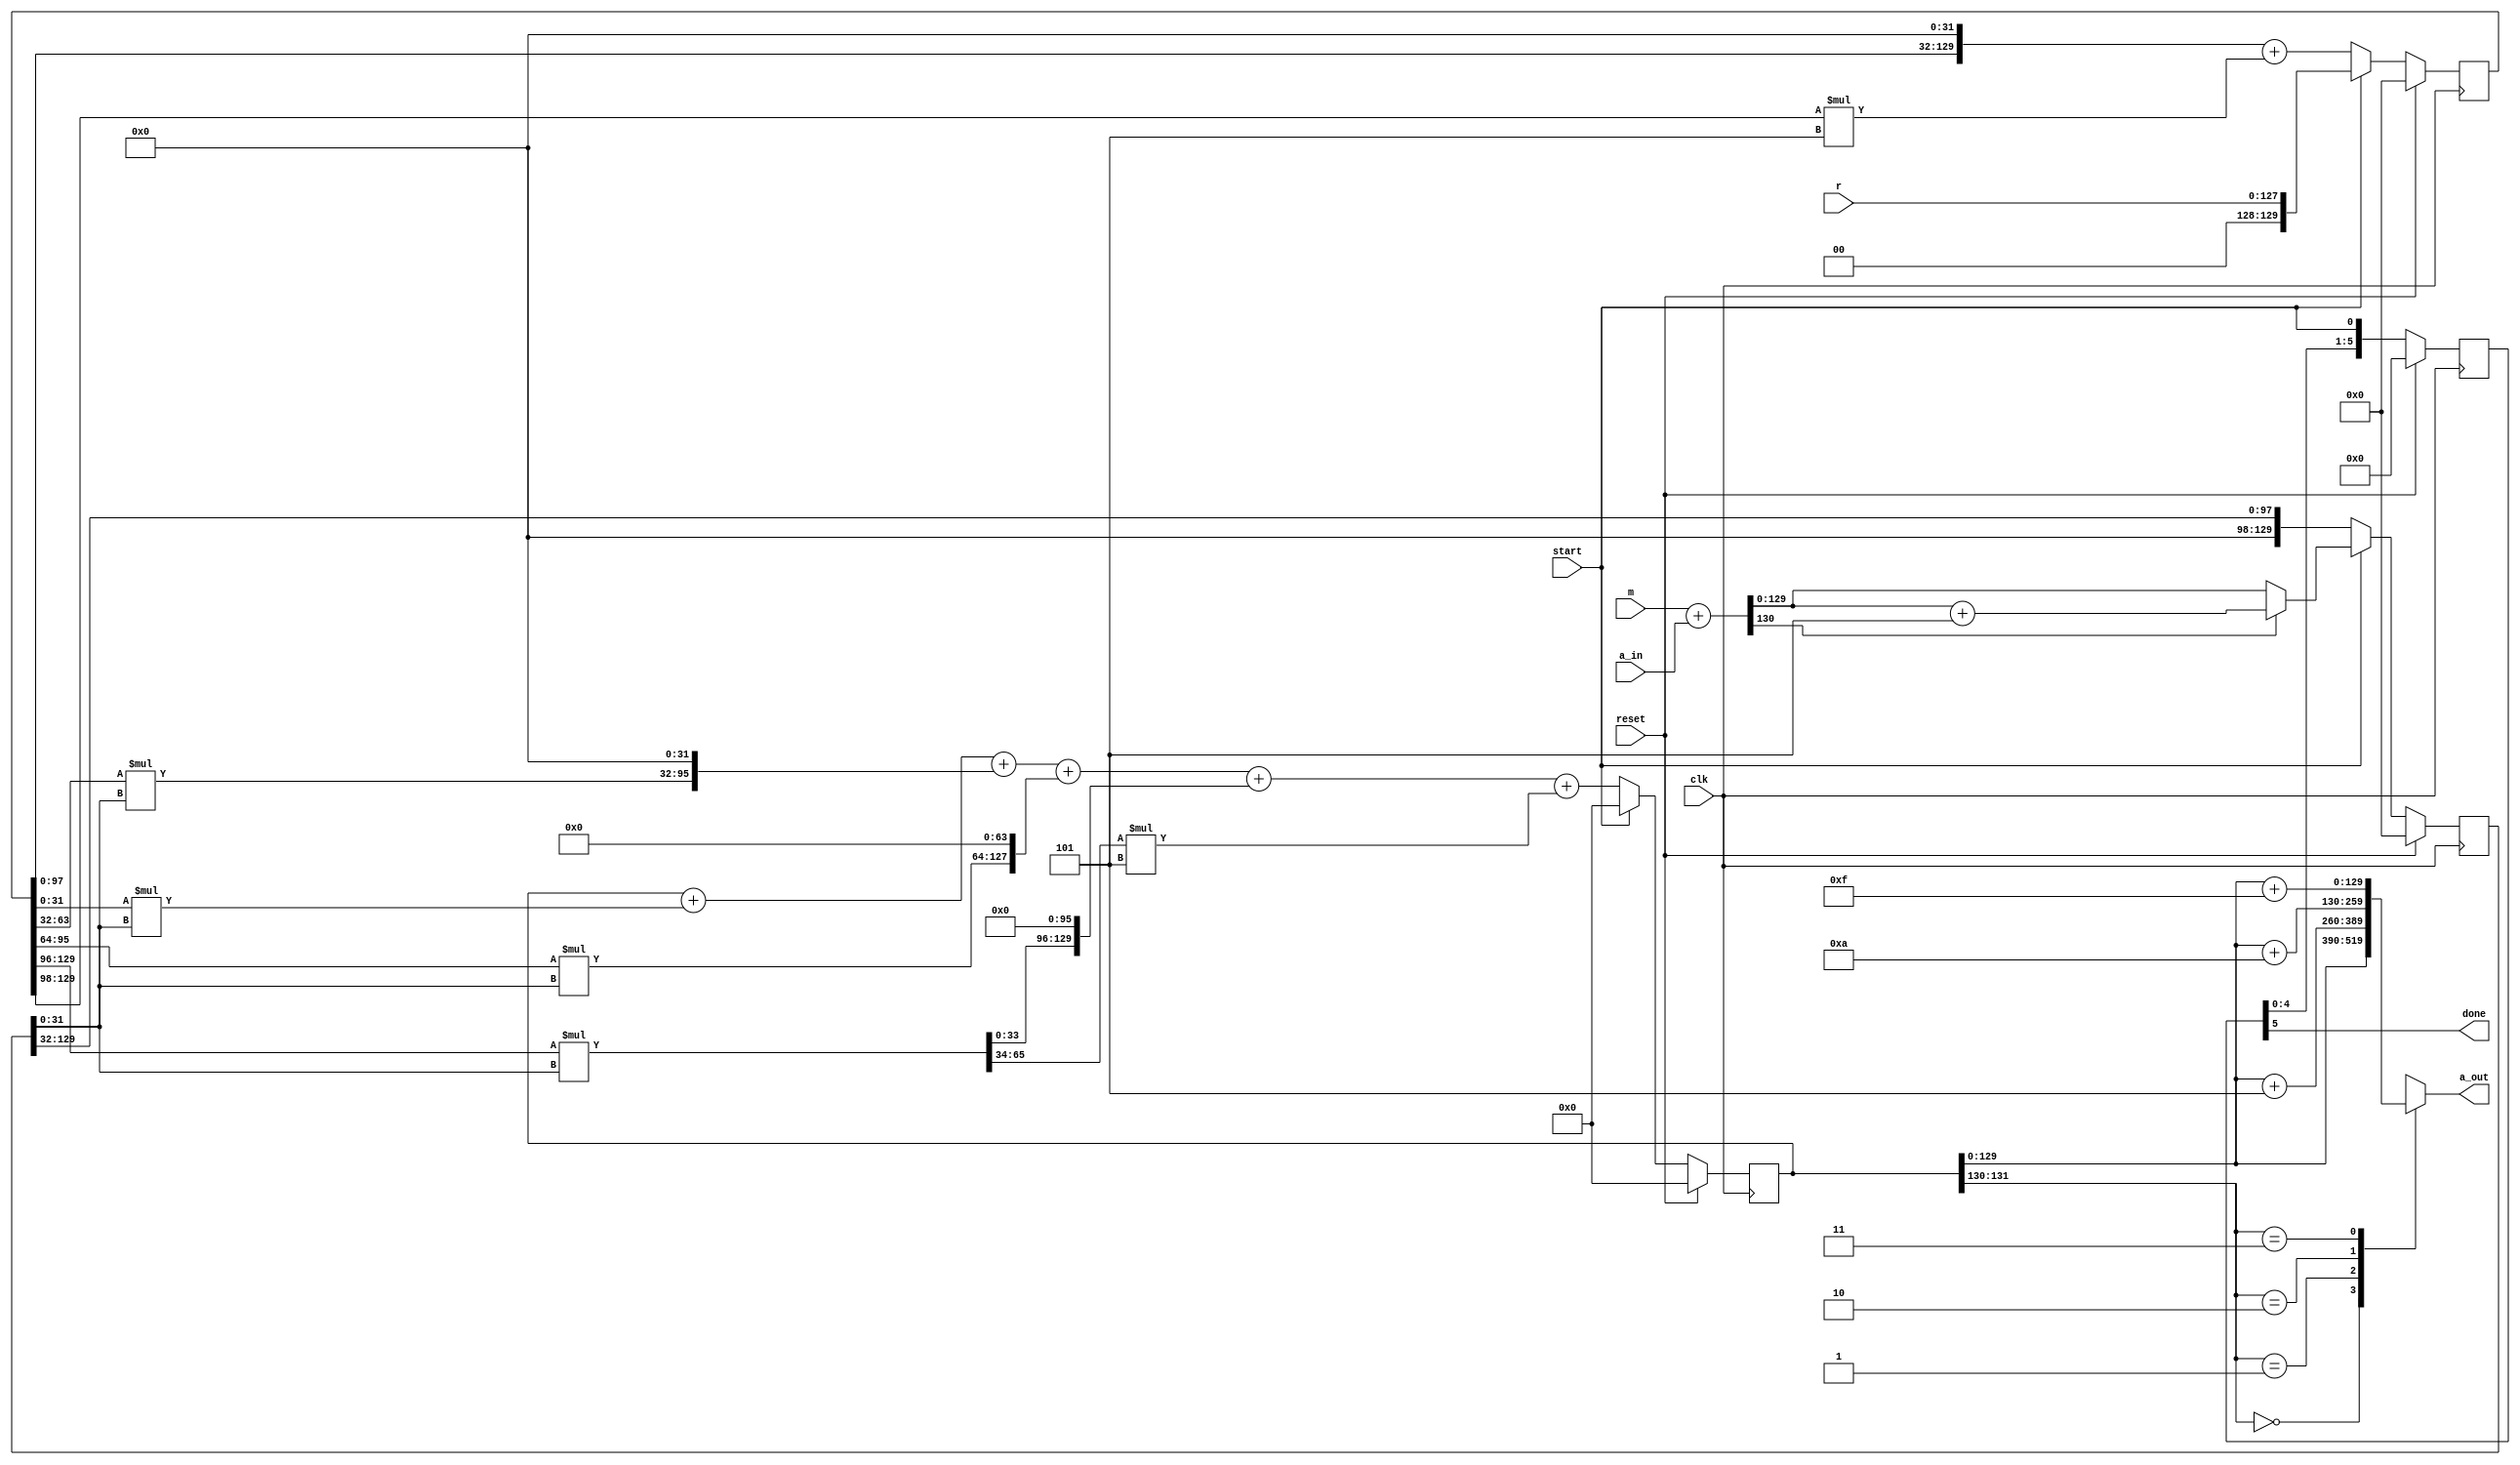
module processblock(input	    reset,
		    input	    clk,
		    input  [127:0]  r,
		    input  [128:0]  m, // {1, 128 message bits}
		    input  [129:0]  a_in, // {acc < P = 2^130 - 5}
		    output [129:0]  a_out,
		    input	    start,
		    output	    done
		    );

   reg [131:0]		   rm;
   reg [129:0]		   rr;   
   wire [129:0]		   rr_rotred;

   wire [130:0]		   initialsum;
   wire [129:0]		   initialsumred;
   assign initialsum = m + a_in;
   assign initialsumred = initialsum[130] ? 
			  initialsum[129:0] + 3'h5 : 
			  initialsum[129:0];   
   
   always @(posedge clk)
     begin
	if (reset)
	  begin
	     rm <= 130'h0;
	     rr <= 128'h0;
	  end
	else
	  begin
	     rm <= start ? initialsumred : {32'h0, rm[129:32]};
	     rr <= start ? r : rr_rotred;
	  end
     end

   // sequential modular multiplier
   wire [63:0]  mul0, mul1, mul2;
   wire [65:0]  mul3;   
   assign mul0 = rr[ 31: 0] * rm[31:0];
   assign mul1 = rr[ 63:32] * rm[31:0];
   assign mul2 = rr[ 95:64] * rm[31:0];
   assign mul3 = rr[129:96] * rm[31:0];

   // reduction
   wire [2:0]   five;
   assign five = 5;   
   wire [33:0]	redmul3;
   assign redmul3 = mul3[65:34] * five;   
   assign rr_rotred = {rr[97:0], 32'b0} + {rr[129:98] * five};

   // accumulate
   reg [131:0]	acc;

   always @(posedge clk)
     begin
	if (reset)
	  acc <= 130'h0;
	else
	  acc <= start ?
		 130'b0 : 
		 acc 
		 + mul0 
		 + {mul1, 32'h0} 
		 + {mul2, 64'h0} 
		 + {mul3[33:0], 96'h0}
		 + redmul3;
     end
   
   // final reduction
   reg [129:0] acc_red;
   always @(*)
     case(acc[131:130])
       2'b00: acc_red = acc;
       2'b01: acc_red = acc + 3'h5;
       2'b10: acc_red = acc + 4'ha;
       2'b11: acc_red = acc + 4'hf;
     endcase
   
   assign a_out = acc_red;   
     
   // controller
   reg [5:0]	mulctl;   
   always @(posedge clk)
     begin
	mulctl <= reset ? 6'h0 : {mulctl[4: 0], start};
     end
   assign done = mulctl[5];

endmodule